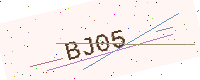
Text: BJ05